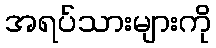
အရပ်သားများကို